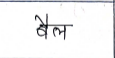
मजकूर: वैल